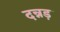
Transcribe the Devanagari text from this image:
दन्नड़